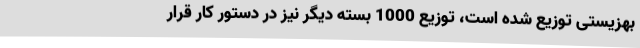
بهزیستی توزیع شده است، توزیع 1000 بسته دیگر نیز در دستور کار قرار